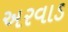
અરવાડ